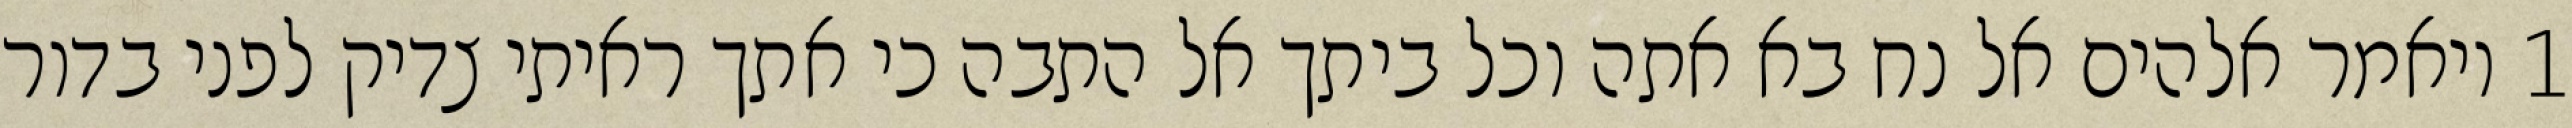
1 ויאמר אלהים אל נח בא אתה וכל ביתך אל התבה כי אתך ראיתי צדיק לפני בדור